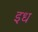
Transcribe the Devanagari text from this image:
इध